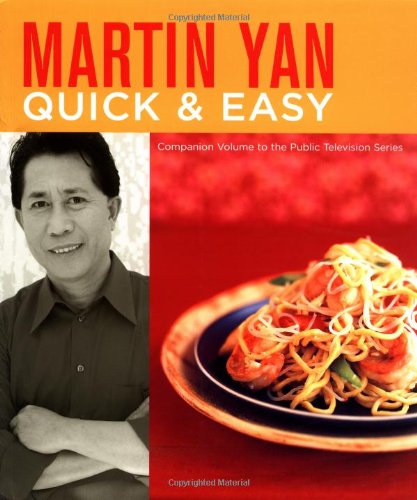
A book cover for Martin Yan Quick and Easy; Martin Yan; Cookbooks, Food & Wine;